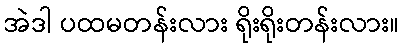
အဲဒါ ပထမတန်းလား ရိုးရိုးတန်းလား။